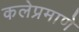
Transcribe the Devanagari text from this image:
कलेप्रमाणे